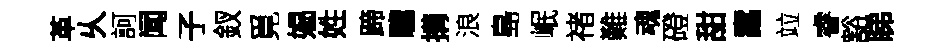
革乆訶闻子釵覓媪姓蹄驩搆浪島岷禇難魂磴甜蠧竝睿豁睇